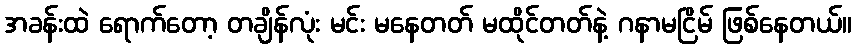
အခန်းထဲ ရောက်တော့ တချိန်လုံး မင်း မနေတတ် မထိုင်တတ်နဲ့ ဂနာမငြိမ် ဖြစ်နေတယ်။